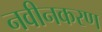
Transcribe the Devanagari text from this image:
नवीनकरण